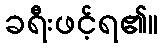
ခရီးဖင့်ရ၏။